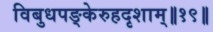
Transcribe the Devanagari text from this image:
विबुधपङ्केरुहदृशाम्॥१९॥